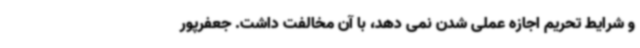
و شرایط تحریم اجازه عملی شدن نمی دهد، با آن مخالفت داشت. جعفرپور